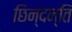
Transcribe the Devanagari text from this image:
छिन्दन्ति